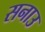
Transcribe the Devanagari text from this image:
सनाउ